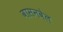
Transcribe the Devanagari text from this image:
वासनवेल